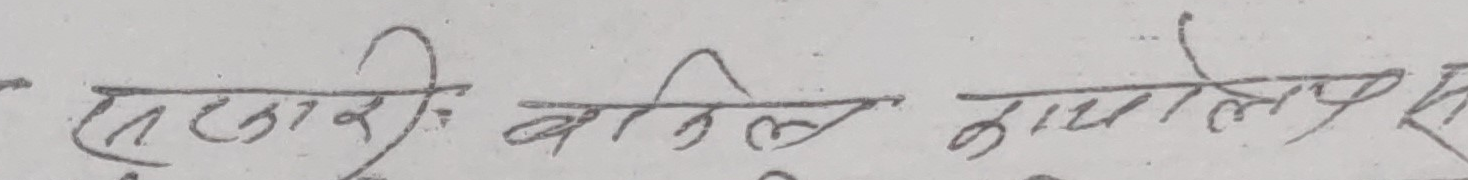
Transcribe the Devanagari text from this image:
सटारीः वखिल नापाले